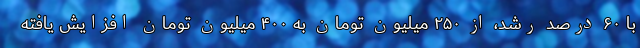
با ۶۰ درصد رشد، از ۲۵۰ میلیون تومان به ۴۰۰ میلیون تومان افزایش یافته